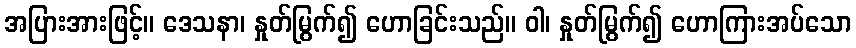
အပြားအားဖြင့်။ ဒေသနာ၊ နှုတ်မြွက်၍ ဟောခြင်းသည်။ ဝါ၊ နှုတ်မြွက်၍ ဟောကြားအပ်သော